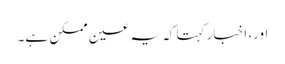
اور، اخبار کہتا کہ یہ عین ممکن ہے۔